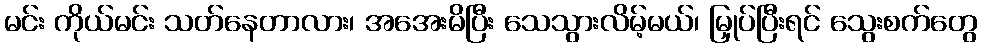
မင်း ကိုယ်မင်း သတ်နေတာလား၊ အအေးမိပြီး သေသွားလိမ့်မယ်၊ မြှုပ်ပြီးရင် သွေးစက်တွေ